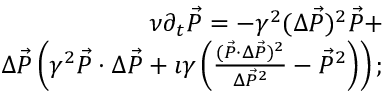
\begin{array} { r l r } & { } & { \nu \partial _ { t } \vec { P } = - \gamma ^ { 2 } ( \Delta \vec { P } ) ^ { 2 } \vec { P } + } \\ & { } & { \Delta \vec { P } \left( \gamma ^ { 2 } \vec { P } \cdot \Delta \vec { P } + \imath \gamma \left( \frac { ( \vec { P } \cdot \Delta \vec { P } ) ^ { 2 } } { \Delta \vec { P } ^ { 2 } } - \vec { P } ^ { 2 } \right) \right) ; } \end{array}